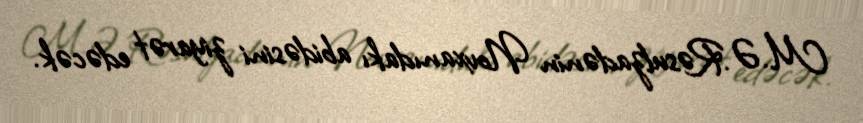
M.Ə.Rəsulzadənin Novxanıdakı abidəsini ziyarət edəcək.